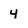
Character: 4